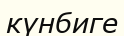
күнбиге